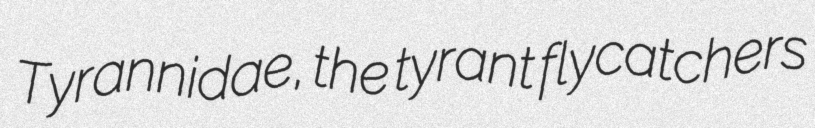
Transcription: Tyrannidae, the tyrant flycatchers